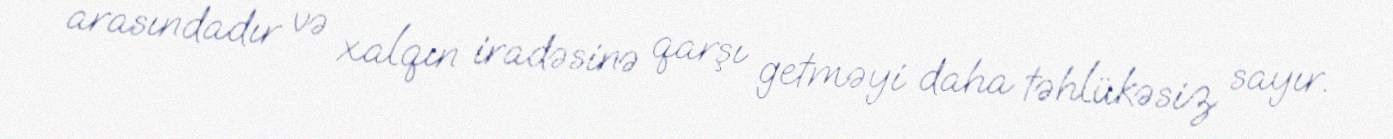
arasındadır və xalqın iradəsinə qarşı getməyi daha təhlükəsiz sayır.